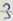
Text: 3